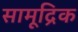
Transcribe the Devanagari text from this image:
सामूद्रिक